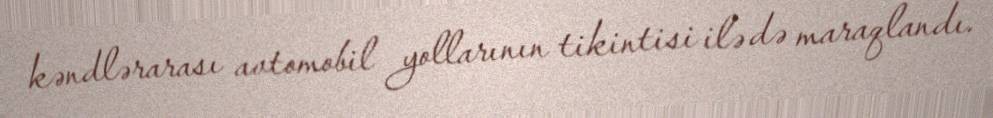
kəndlərarası avtomobil yollarının tikintisi ilə də maraqlandı.